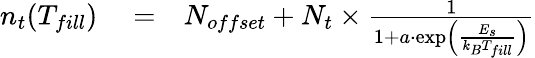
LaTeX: \begin{array}{rlr}{n_{t}(T_{fill})}&{{}=}&{N_{offset}+{N_{t}\times{\frac{1}{1+a\cdot\exp\left({\frac{E_{s}}{k_{B}T_{fill}}}\right)}}}}\end{array}